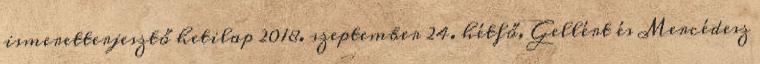
ismeretterjesztő hetilap 2018. szeptember 24. hétfő, Gellért és Mercédesz